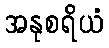
အနုစရိယံ